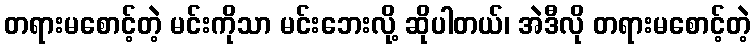
တရားမစောင့်တဲ့ မင်းကိုသာ မင်းဘေးလို့ ဆိုပါတယ်၊ အဲဒီလို တရားမစောင့်တဲ့